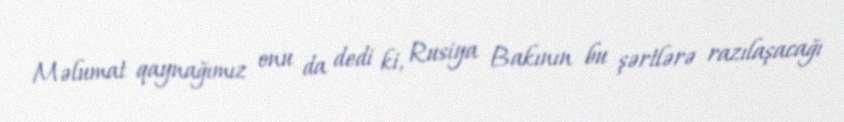
Məlumat qaynağımız onu da dedi ki, Rusiya Bakının bu şərtlərə razılaşacağı